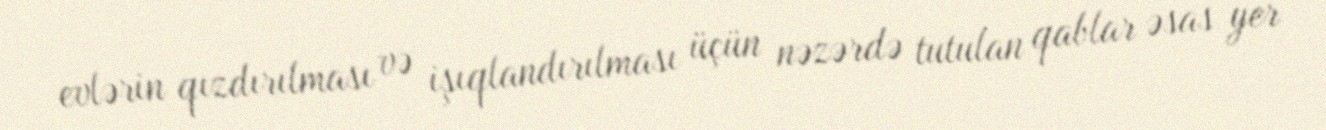
evlərin qızdırılması və işıqlandırılması üçün nəzərdə tutulan qablar əsas yer